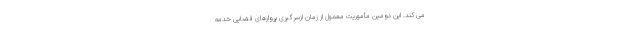
می کند. این دومین مأموریت معمول از زمان ازسرگیری پروازهای فضایی خدمه